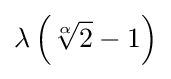
\lambda \left({\sqrt[{\alpha }]{2}}-1\right)